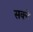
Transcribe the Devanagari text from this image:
सक्ने